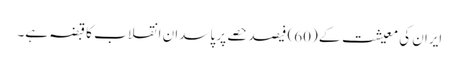
ایران کی معیشت کے (60) فیصد حصے پر پاسدان انقلاب کا قبضہ ہے۔